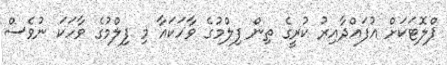
ޕްލޮޓަކަށް އުފައްދާއިރު ކުރީގެ ތިން ފިލްމުގެ ވާހަކައާ މި ފިލްމުގެ ވާހަކަ ނުވެސް